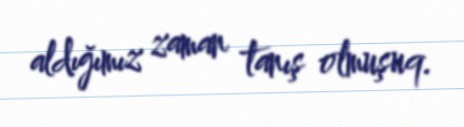
aldığımız zaman tanış olmuşuq.